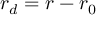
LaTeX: r _ { d } = r - r _ { 0 }